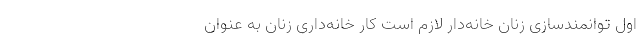
اول توانمندسازی زنان خانه‌دار لازم است کار خانه‌داری زنان به عنوان